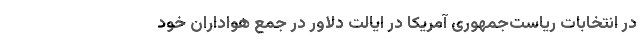
در انتخابات ریاست‌جمهوری آمریکا در ایالت دلاور در جمع هواداران خود